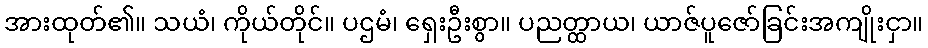
အားထုတ်၏။ သယံ၊ ကိုယ်တိုင်။ ပဌမံ၊ ရှေးဦးစွာ။ ပညတ္ထာယ၊ ယာဇ်ပူဇော်ခြင်းအကျိုးငှာ။